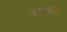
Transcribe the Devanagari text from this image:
दसवाल